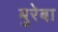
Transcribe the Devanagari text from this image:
बुरेबा